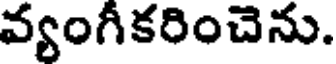
వ్యంగీకరించెను.